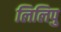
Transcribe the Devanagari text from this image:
लिलिपु